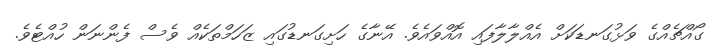
ގޯއްޗެއްގެ ވަޅުގަނޑަކަށް އެއްލާލާފައި އޮއްވައެވެ. އޭނާގެ ހަށިގަނޑުގައި ޒަހަމްތަކެއް ވެސް ފެންނަން ހުއްޓެވެ.